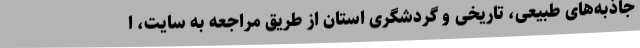
جاذبه‌های طبیعی، تاریخی و گردشگری استان از طریق مراجعه به سایت، ا